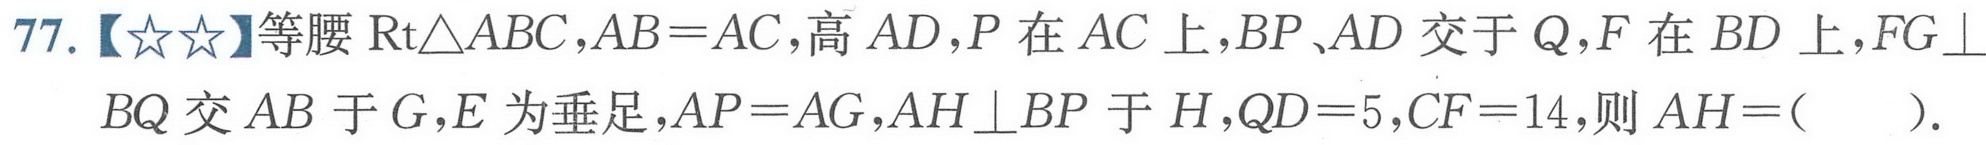
77.【★★】等腰\(\text{Rt}\triangle ABC,AB = AC\)，高\(AD\)，\(P\)在\(AC\)上，\(BP\)、\(AD\)交于\(Q\)，\(F\)在\(BD\)上，\(FG\perp BQ\)交\(AB\)于\(G\)，\(E\)为垂足，\(AP = AG\)，\(AH\perp BP\)于\(H\)，\(QD = 5\)，\(CF = 14\)，则\(AH=(\quad)\).